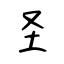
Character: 圣